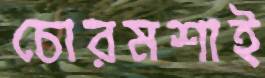
চোরমশাই